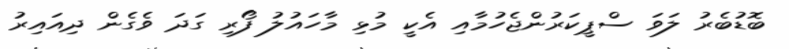
ބޮޑުބެރު ލަވަ ސްޕީކަރުންޖެހުމާއި އެކީ މުޅި މާހައުލު ފޯރި ގަދަ ވެގެން ދިއައިރު